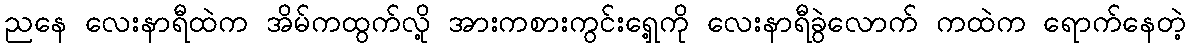
ညနေ လေးနာရီထဲက အိမ်ကထွက်လို့ အားကစားကွင်းရှေ့ကို လေးနာရီခွဲလောက် ကထဲက ရောက်နေတဲ့